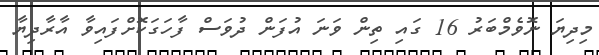
މިދިޔަ ނޮވެމްބަރު 16 ގައި ތިން ވަނަ އުފަން ދުވަސް ފާހަގަކޮށްފައިވާ އާރާދިޔާ